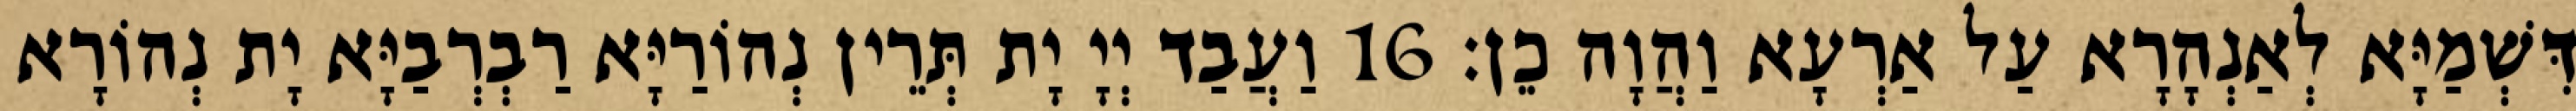
דִּשְׁמַיָּא לְאַנְהָרָא עַל אַרְעָא וַהֲוָה כֵן׃ 16 וַעֲבַד יְיָ יָת תְּרֵין נְהוֹרַיָּא רַבְרְבַיָּא יָת נְהוֹרָא